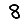
Digit: 8